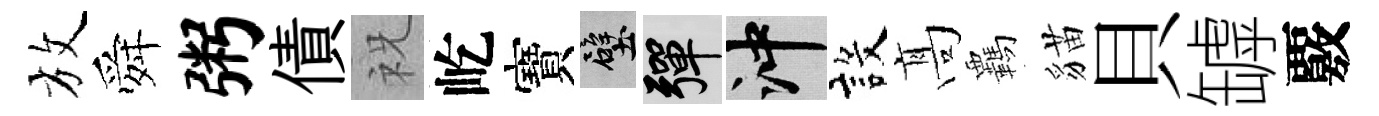
放舜粥債祝屹寶壁彈冲設髙覊貓貝罅覈